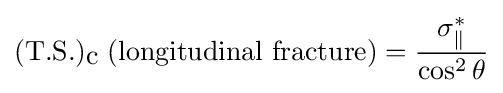
({\mbox{T.S.}})_{\mbox{c}}\;({\mbox{longitudinal fracture}})={\frac {\sigma _{\parallel }^{*}}{\cos ^{2}\theta }}